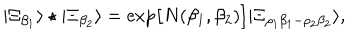
| \Xi _ { \beta _ { 1 } } \rangle \star | \Xi _ { \beta _ { 2 } } \rangle = \exp \bigl [ N ( \beta _ { 1 } , \beta _ { 2 } ) \bigr ] | \Xi _ { \rho _ { 1 } \beta _ { 1 } - \rho _ { 2 } \beta _ { 2 } } \rangle ,